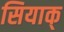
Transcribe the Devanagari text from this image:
सियाक्